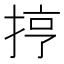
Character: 㧸